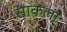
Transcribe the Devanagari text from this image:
साकला